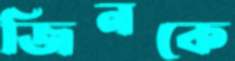
জিনকে